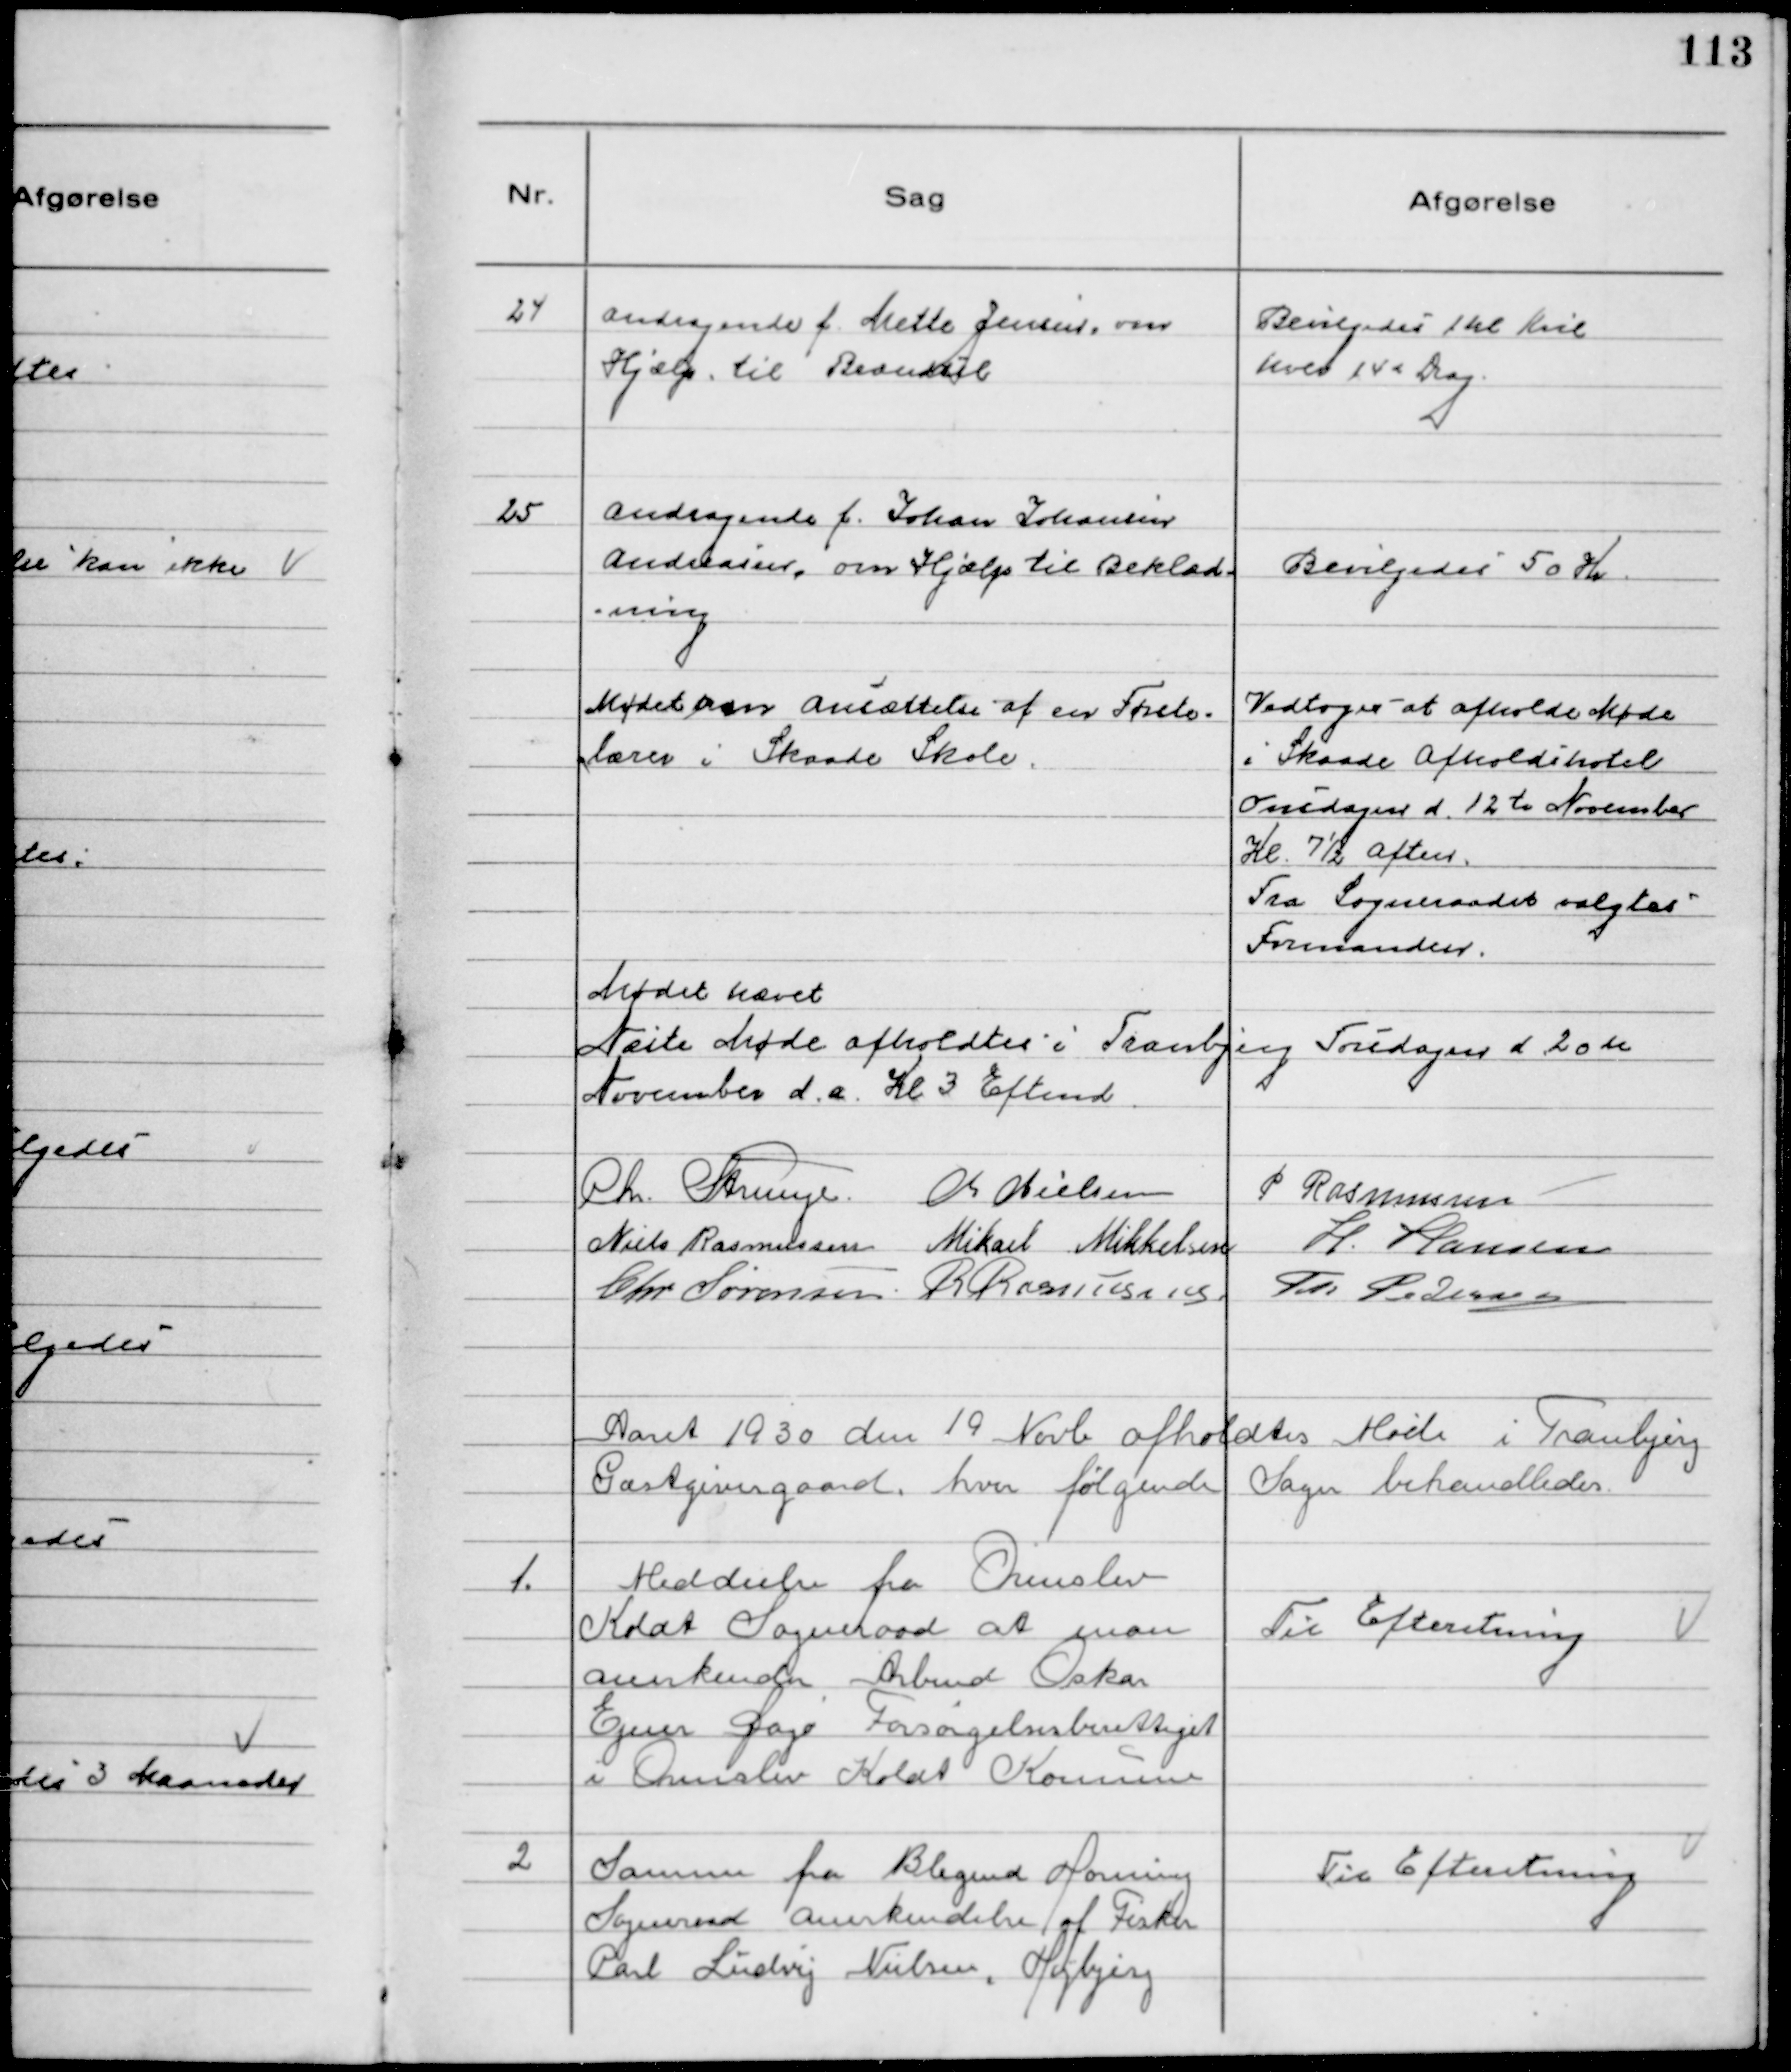
Transskription:
24
Andragende f. Mette Jensen, om
Hjælp, til Brændsel

Bevilgedes 1 hl Kul
hver 14d dag.

25
Andragende f. Johan Johansen
Andreasen, om Hjælp til Beklæd-
ning

Bevilgedes 50 Kr

Mødet om Ansættelse af en Første-
lærer i Skaade Skole

Vedtoges at afholde Møde
i Skaade Afholdshotel
onsdagen d. 12 te November
Kl. 7½ Aften.
Fra Sogneraadet valgtes
Formanden.

Mødet hævet
Næste Møde afholdtes i Tranbjerg Torsdagen d. 20te
November d.a. Kl 3 Eftemd.
Chr. Strunge. Chr Nielsen P Rasmussen
Niels Rasmussen Mikael Mikkelsen H. Hansen
Chr Sørensen. R Rasmussen. Th Pedersen

Aaret 1930 den 19 Novb afholdtes Møde i Tranbjerg
Gæstgivergaard, hvor følgende Sager behandledes.

1.
Meddeelse fra Ormslev
Koldt Sogneraad at man
anerkender Arbmd Oskar
Ejner Dagø Forsørgelsesberettiget
i Ormslev Koldt Kommune

Til Efteretning

2
Samme fra Blegind Hørning
Sogneraad anerkendelse af Fisker
Carl Ludvig Nielsen, Højbjerg

Til Efteretning